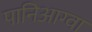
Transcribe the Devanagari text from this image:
पानिआग्वा